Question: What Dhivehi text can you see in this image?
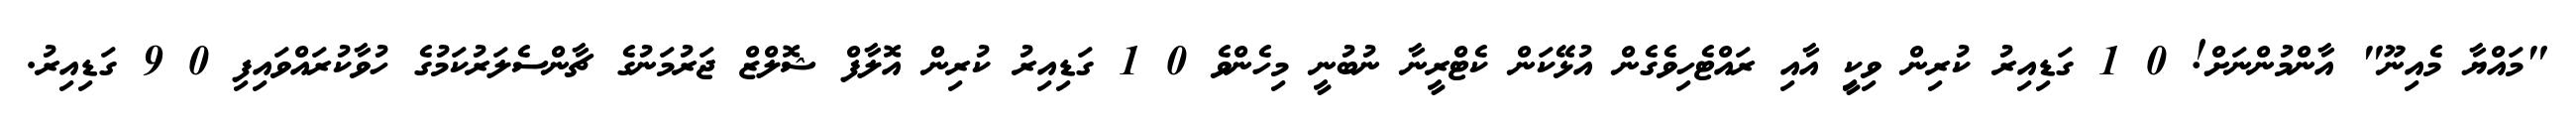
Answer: "މައްޔާ މެއިނޫ" އާންމުންނަށް! 0 1 ގަޑިއިރު ކުރިން ވިކީި އާއި ރައްޓެހިވެގެން އުޅޭކަން ކެޓްރީނާ ނުބުނީ މިހެންވެ 0 1 ގަޑިއިރު ކުރިން އޮލާފް ޝޮލްޒް ޖަރުމަނުގެ ޗާންސެލަރުކަމުގެ ހުވާކުރައްވައިފި 0 9 ގަޑިއިރު.